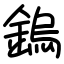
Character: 鎢